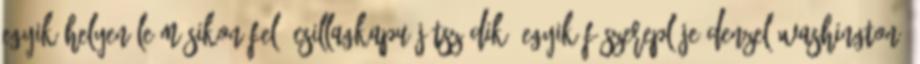
egyik helyen le-másikon fel csillagkapu játszódik. Egyik főszereplője Denzel Washington,